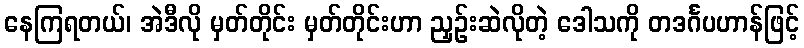
နေကြရတယ်၊ အဲဒီလို မှတ်တိုင်း မှတ်တိုင်းဟာ ညှဉ်းဆဲလိုတဲ့ ဒေါသကို တဒင်္ဂပဟာန်ဖြင့်